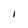
Character: I